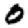
Digit: 0